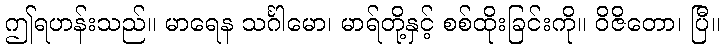
ဤရဟန်းသည်။ မာရေန သင်္ဂါမော၊ မာရ်တို့နှင့် စစ်ထိုးခြင်းကို။ ဝိဇိတော၊ ပြီ။